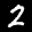
Label: 2